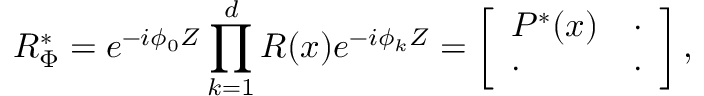
R _ { \Phi } ^ { * } = e ^ { - i \phi _ { 0 } Z } \prod _ { k = 1 } ^ { d } R ( x ) e ^ { - i \phi _ { k } Z } = \left[ \begin{array} { l l } { P ^ { * } ( x ) } & { \cdot } \\ { \cdot } & { \cdot } \end{array} \right] ,